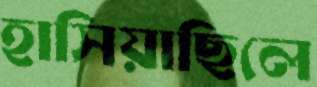
হাসিয়াছিলে